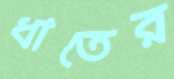
ধাতের